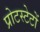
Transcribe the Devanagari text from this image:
प्रोटस्टेटों